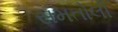
સમતોલી